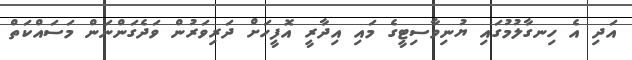
އަދި އެ ހިނގާލުމުގައި ޔުނިވާސިޓީގެ މައި އިދާރީ އޮފީހަށް ދަރިވަރުން ވަދެގަންނަން މަސައްކަތް